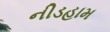
નીડહામ